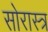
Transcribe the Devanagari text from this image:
सोरास्त्र